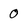
Character: 0